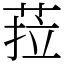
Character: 菈